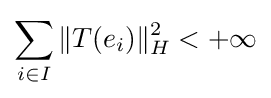
\sum _{i\in I}\|T(e_{i})\|_{H}^{2}<+\infty